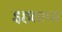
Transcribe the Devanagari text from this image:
इहतापा